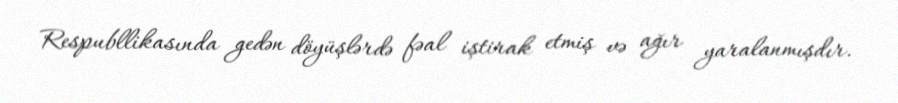
Respubllikasında gedən döyüşlərdə fəal iştirak etmiş və ağır yaralanmışdır.